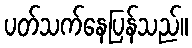
ပတ်သက်နေပြန်သည်။